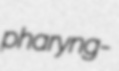
pharyng-